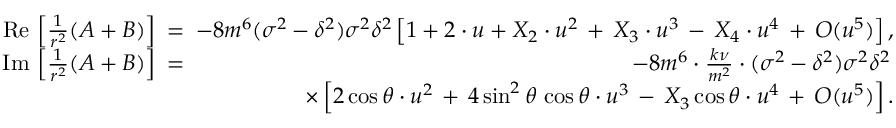
\begin{array} { r l r } { \mathrm { R e } \, \left[ \frac { 1 } { r ^ { 2 } } ( A + B ) \right] \! \! \! } & { = } & { \! \! \! - 8 m ^ { 6 } ( \sigma ^ { 2 } - \delta ^ { 2 } ) \sigma ^ { 2 } \delta ^ { 2 } \left[ 1 + 2 \cdot u + X _ { 2 } \cdot u ^ { 2 } \, + \, X _ { 3 } \cdot u ^ { 3 } \, - \, X _ { 4 } \cdot u ^ { 4 } \, + \, { \cal O } ( u ^ { 5 } ) \right] , } \\ { \mathrm { I m } \, \left[ \frac { 1 } { r ^ { 2 } } ( A + B ) \right] \! \! \! } & { = } & { \! \! \! - 8 m ^ { 6 } \cdot \frac { k \nu } { m ^ { 2 } } \cdot ( \sigma ^ { 2 } - \delta ^ { 2 } ) \sigma ^ { 2 } \delta ^ { 2 } \, } \\ & { } & { \times \left[ 2 \cos \theta \cdot u ^ { 2 } \, + \, 4 \sin ^ { 2 } \theta \, \cos \theta \cdot u ^ { 3 } \, - \, X _ { 3 } \cos \theta \cdot u ^ { 4 } \, + \, { \cal O } ( u ^ { 5 } ) \right] . } \end{array}